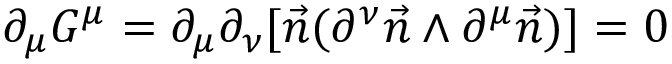
\partial _ { \mu } G ^ { \mu } = \partial _ { \mu } \partial _ { \nu } [ \vec { n } ( \partial ^ { \nu } \vec { n } \wedge \partial ^ { \mu } \vec { n } ) ] = 0